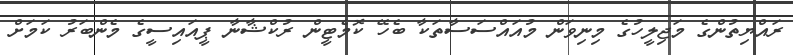
ރައްޔިތުންގެ މަޖިލީހުގެ މިނިވަން މުއައްސަސާތަކާ ބެހޭ ކޮމެޓީން ރުކްޝާނާ ޕީއައިސީގެ މެންބަރު ކަމަށް